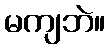
မကျဘဲ။